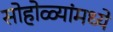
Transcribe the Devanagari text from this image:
सोहोळ्यांमध्ये